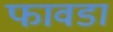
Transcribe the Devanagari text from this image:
फावडा